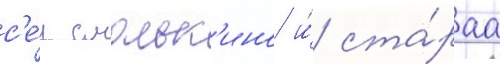
с'е́л смольк'ино и́ ста́раа